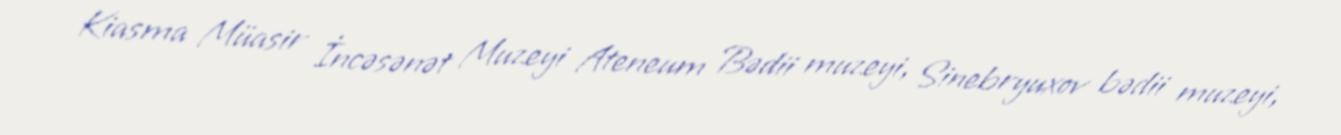
Kiasma Müasir İncəsənət Muzeyi Ateneum Bədii muzeyi, Sinebryuxov bədii muzeyi,